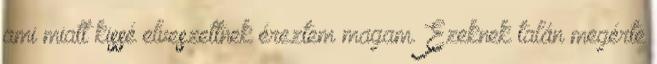
ami miatt kissé elveszettnek éreztem magam. Ezeknek talán megérte